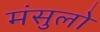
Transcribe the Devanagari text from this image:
मंसुलो